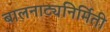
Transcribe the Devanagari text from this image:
बालनाट्यनिर्मिती